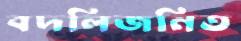
বদলিজনিত